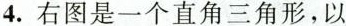
4.右图是一个直角三角形，以